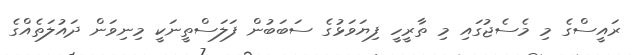
ރައީސްގެ މި މެސެޖުގައި މި ތާރީހީ ފިޔަވަޅުގެ ސަބަބުން ފަލަސްތީނަކީ މިނިވަން ދައުލަތެއްގެ